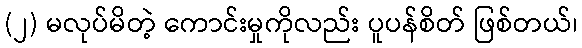
(၂) မလုပ်မိတဲ့ ကောင်းမှုကိုလည်း ပူပန်စိတ် ဖြစ်တယ်၊